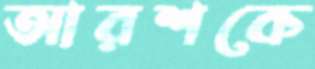
আরশকে